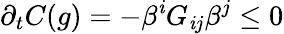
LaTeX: \partial_{t}C(g)=-\beta^{\mathit{i}}G_{\mathit{i}j}\beta^{j}\le0